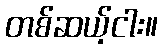
တစ်ဆယ့်ငါး။